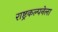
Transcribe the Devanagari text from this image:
राष्ट्रकल्पनेला